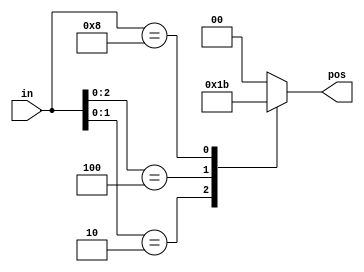
module top_module (
    input [3:0] in,
    output reg [1:0] pos
);

always @(*)
    casez (in)
        4'b???1: pos = 0;
        4'b??10: pos = 1;
        4'b?100: pos = 2;
        4'b1000: pos = 3;
        default: pos = 0;
    endcase

endmodule